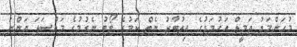
މުހަންމަދު ޖަމީލް އަހުމަދުގެ އިތުބާރު ނެތް ކަމުގެ ވޯޓު ނެގުމުގެ މައްސަލަ އަންނަ